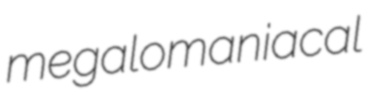
megalomaniacal